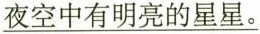
\underline{ 夜空中有明亮的星星。}